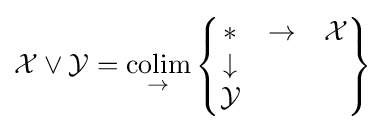
{\mathcal {X}}\vee {\mathcal {Y}}={\underset {\to }{\text{colim}}}\left\{{\begin{matrix}*&\to &{\mathcal {X}}\\\downarrow &&\\{\mathcal {Y}}\end{matrix}}\right\}